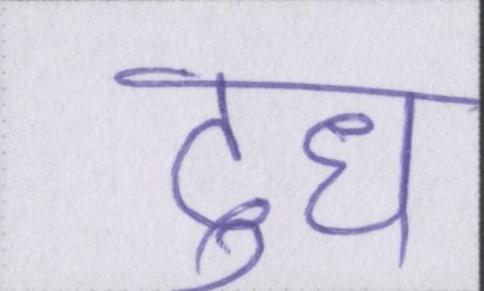
दूध